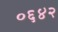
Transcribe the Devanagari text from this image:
०६४२